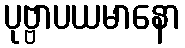
ပုဗ္ဗာပယမာနော